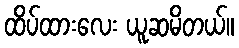
ထိပ်ထားလေး ယူဆမိတယ်။